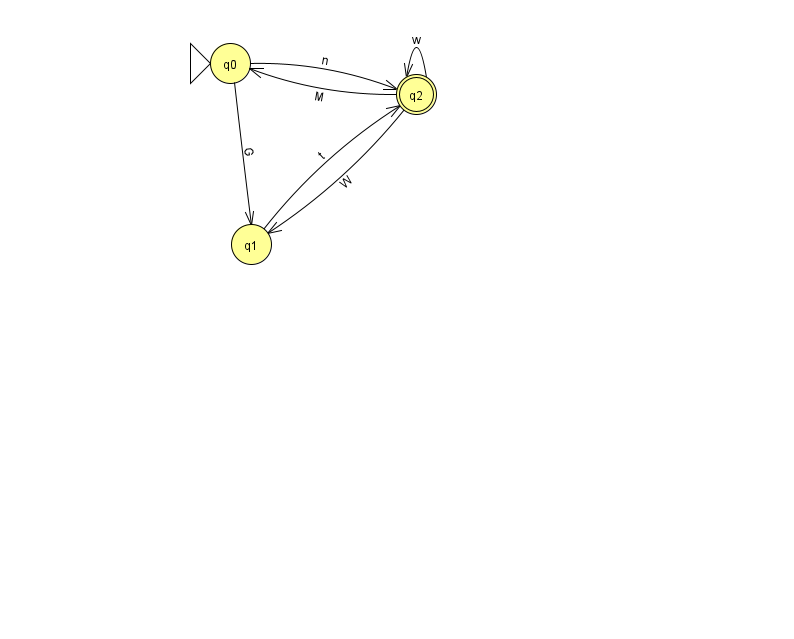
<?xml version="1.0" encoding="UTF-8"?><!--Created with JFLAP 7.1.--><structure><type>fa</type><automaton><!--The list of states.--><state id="0" name="q0"><x>230.0</x><y>50.0</y><initial/></state><state id="1" name="q1"><x>251.0</x><y>231.0</y></state><state id="2" name="q2"><x>416.0</x><y>81.0</y><final/></state><!--The list of transitions.--><transition><from>2</from><to>0</to><read>M</read></transition><transition><from>2</from><to>1</to><read>W</read></transition><transition><from>1</from><to>2</to><read>t</read></transition><transition><from>0</from><to>2</to><read>n</read></transition><transition><from>2</from><to>2</to><read>w</read></transition><transition><from>0</from><to>1</to><read>G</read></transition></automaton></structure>